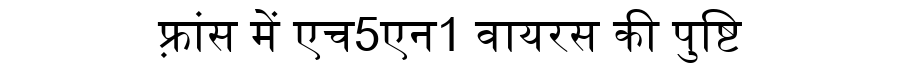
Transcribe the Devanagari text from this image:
फ़्रांस में एच5एन1 वायरस की पुष्टि